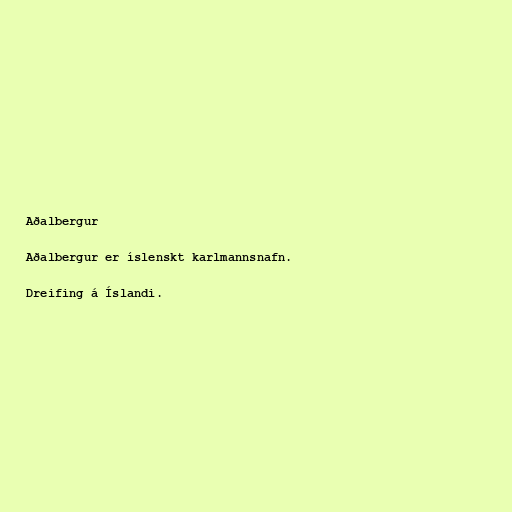
Aðalbergur

Aðalbergur er íslenskt karlmannsnafn.

Dreifing á Íslandi.